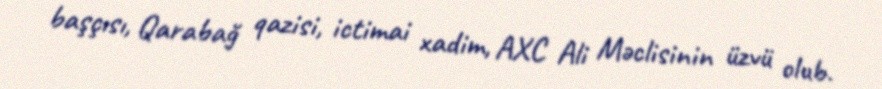
başçısı, Qarabağ qazisi, ictimai xadim, AXC Ali Məclisinin üzvü olub.